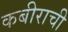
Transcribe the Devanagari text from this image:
कबीराची